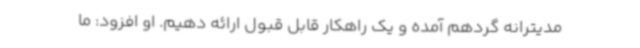
مدیترانه گردهم‌ آمده و یک راهکار قابل قبول ارائه دهیم. او افزود: ما